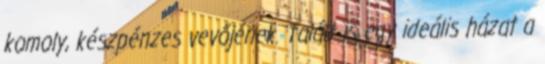
komoly, készpénzes vevőjének. Talált is egy ideális házat a